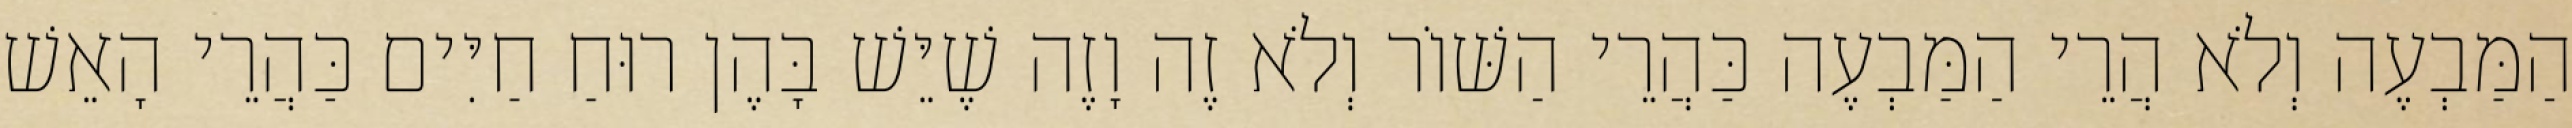
הַמַּבְעֶה וְלֹא הֲרֵי הַמַּבְעֶה כַּהֲרֵי הַשּׁוֹר וְלֹא זֶה וָזֶה שֶׁיֵּשׁ בָּהֶן רוּחַ חַיִּים כַּהֲרֵי הָאֵשׁ